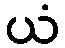
ယံ